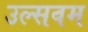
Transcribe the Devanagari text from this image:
उल्सवम